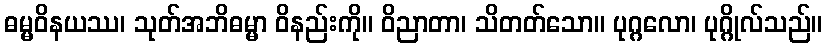
ဓမ္မဝိနယဿ၊ သုတ်အဘိဓမ္မာ ဝိနည်းကို။ ဝိညာတာ၊ သိတတ်သော။ ပုဂ္ဂလော၊ ပုဂ္ဂိုလ်သည်။